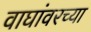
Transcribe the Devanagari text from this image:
वाघांवरच्या